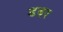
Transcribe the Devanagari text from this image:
डबर